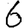
Digit: 6